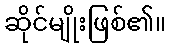
ဆိုင်မျိုးဖြစ်၏။